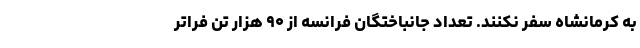
به کرمانشاه سفر نکنند. تعداد جانباختگان فرانسه از ۹۰ هزار تن فراتر